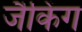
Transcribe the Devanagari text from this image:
जैकिंग